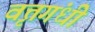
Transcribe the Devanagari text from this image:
वृत्तगंधी